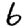
Digit: 6